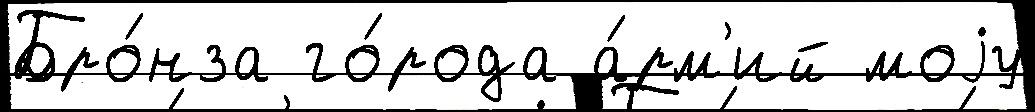
Бро́нза го́рода а́рм'ий моjу